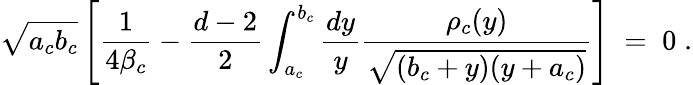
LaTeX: \sqrt{a_{c}b_{c}}\left[{\frac{1}{4\beta_{c}}}-{\frac{d-2}{2}}\int_{a_{c}}^{b_{c}}{\frac{dy}{y}}{\frac{\rho_{c}(y)}{\sqrt{(b_{c}+y)(y+a_{c})}}}\right]\; =\; 0\; .